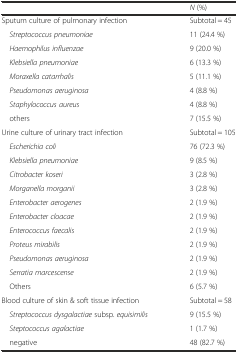
<table><thead><tr><td></td><td><b><i>N</i> (%)</b></td></tr></thead><tbody><tr><td>Sputum culture of pulmonary infection</td><td>Subtotal = 45</td></tr><tr><td> <i>Streptococcus pneumoniae</i></td><td>11 (24.4 %)</td></tr><tr><td> <i>Haemophilus influenzae</i></td><td>9 (20.0 %)</td></tr><tr><td> <i>Klebsiella pneumoniae</i></td><td>6 (13.3 %)</td></tr><tr><td> <i>Moraxella catarrhalis</i></td><td>5 (11.1 %)</td></tr><tr><td> <i>Pseudomonas aeruginosa</i></td><td>4 (8.8 %)</td></tr><tr><td> <i>Staphylococcus aureus</i></td><td>4 (8.8 %)</td></tr><tr><td> others</td><td>7 (15.5 %)</td></tr><tr><td>Urine culture of urinary tract infection</td><td>Subtotal = 105</td></tr><tr><td> <i>Escherichia coli</i></td><td>76 (72.3 %)</td></tr><tr><td> <i>Klebsiella pneumoniae</i></td><td>9 (8.5 %)</td></tr><tr><td> <i>Citrobacter koseri</i></td><td>3 (2.8 %)</td></tr><tr><td> <i>Morganella morganii</i></td><td>3 (2.8 %)</td></tr><tr><td> <i>Enterobacter aerogenes</i></td><td>2 (1.9 %)</td></tr><tr><td> <i>Enterobacter cloacae</i></td><td>2 (1.9 %)</td></tr><tr><td> <i>Enterococcus faecalis</i></td><td>2 (1.9 %)</td></tr><tr><td> <i>Proteus mirabilis</i></td><td>2 (1.9 %)</td></tr><tr><td> <i>Pseudomonas aeruginosa</i></td><td>2 (1.9 %)</td></tr><tr><td> <i>Serratia marcescense</i></td><td>2 (1.9 %)</td></tr><tr><td> Others</td><td>6 (5.7 %)</td></tr><tr><td>Blood culture of skin &amp; soft tissue infection</td><td>Subtotal = 58</td></tr><tr><td> <i>Streptococcus dysgalactiae</i> subsp. <i>equisimilis</i></td><td>9 (15.5 %)</td></tr><tr><td> <i>Steptococcus agalactiae</i></td><td>1 (1.7 %)</td></tr><tr><td> negative</td><td>48 (82.7 %)</td></tr></tbody></table>